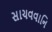
સાચવવાનિ